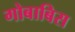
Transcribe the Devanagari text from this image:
गोबाबिस